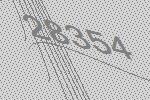
28354